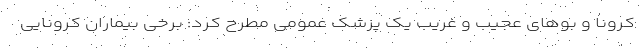
کرونا و بوهای عجیب و غریب یک پزشک عمومی مطرح کرد: برخی بیماران کرونایی